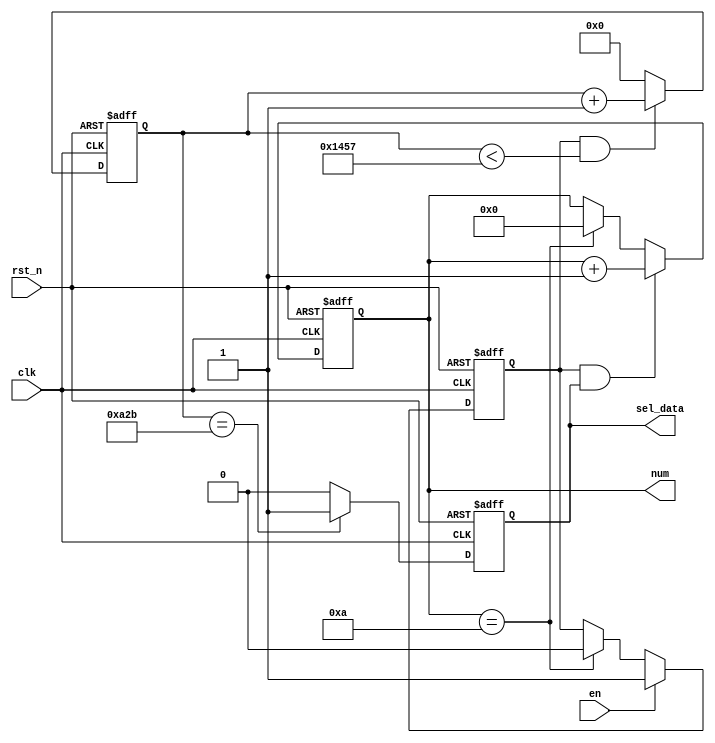
module		Bps_select(
	input					clk,													//50MHz	
	input					rst_n,													//
	input					en,														//
	output		reg			sel_data,												//
	output		reg	[3:0]	num													//bit0~bit9
);
	parameter		bps_div	=	13'd5207,										//(1/9600*1000000*1000/20)
					bps_div2	=	13'd2603;
					
///enflagnumflag
	reg		flag;
always	@(posedge	clk	or	negedge	rst_n)
	if(!rst_n)
		flag	<=	0;
	else
		if(en)
			flag	<=	1;
		else
			if(num	==	4'd10)														//
				flag	<=	0;

//
	reg		[12:0]		cnt;
always	@(posedge	clk	or	negedge	rst_n)
	if(!rst_n)
		cnt		<=		13'd0;
	else
		if(flag	&&	cnt	<	bps_div)
			cnt		<=		cnt		+	1'b1;
		else
			cnt		<=		13'd0;

//10bit1bit+8bit+1bit			
always	@(posedge	clk	or	negedge	rst_n)
	if(!rst_n)
		num	<=		4'd0;
	else
		if(flag	&&	sel_data)
			num		<=		num	+1'b1;
		else
			if(num	==	4'd10)
				num		<=		1'd0;

///
always	@(posedge	clk	or	negedge	rst_n)
	if(!rst_n)
		sel_data	<=		1'b0;
	else
		if(cnt	==	bps_div2)												//
			sel_data	<=	1'b1;
		else
			sel_data	<=	1'b0;

endmodule